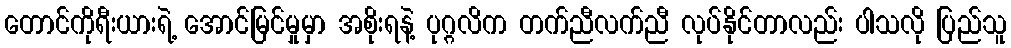
တောင်ကိုရီးယားရဲ့ အောင်မြင်မှုမှာ အစိုးရနဲ့ ပုဂ္ဂလိက တက်ညီလက်ညီ လုပ်နိုင်တာလည်း ပါသလို ပြည်သူ